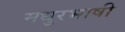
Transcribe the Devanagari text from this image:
मधुरभाषी